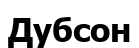
Дубсон